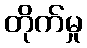
တိုက်မှု